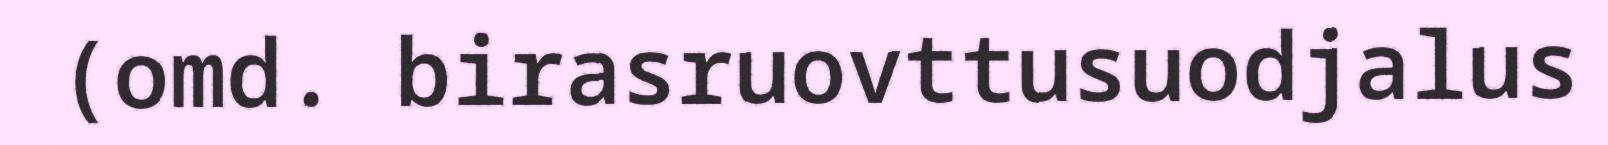
(omd. birasruovttusuodjalus